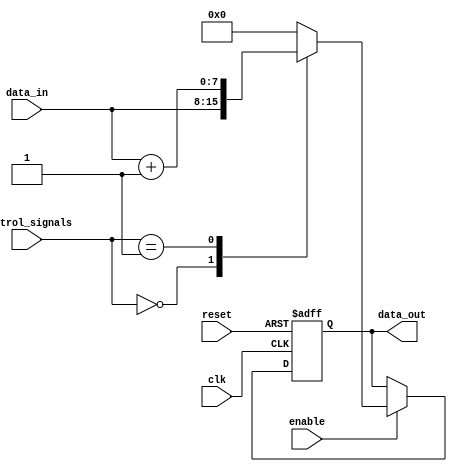
module IO_Block_High_Speed_Buffer (
    input wire clk,
    input wire reset,
    input wire [7:0] data_in,
    output reg [7:0] data_out,
    input wire enable,
    input wire [3:0] control_signals
);

always @(posedge clk or posedge reset) begin
    if (reset) begin
        data_out <= 8'b00000000;
    end else if (enable) begin
        case (control_signals)
            4'b0000: data_out <= data_in; // Pass data through
            4'b0001: data_out <= data_in + 8'b00000001; // Example operation
            // More control signal cases can be added here
            default: data_out <= 8'b00000000; // Default behavior
        endcase
    end
end

endmodule